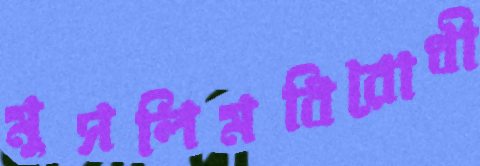
মুসলিমবিরোধী